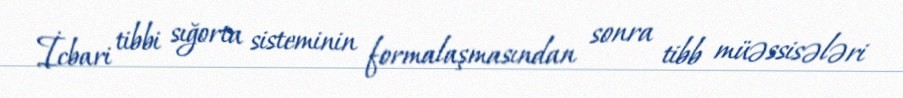
İcbari tibbi sığorta sisteminin formalaşmasından sonra tibb müəssisələri